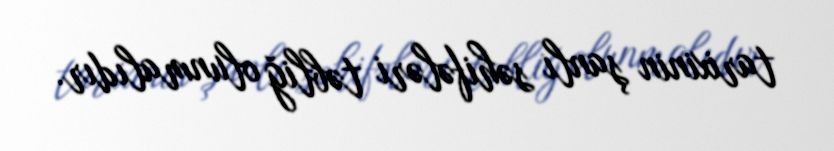
tarixinin şanlı səhifələri təbliğ olunmalıdır.